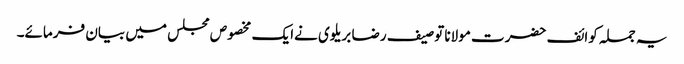
یہ جملہ کوائف حضرت مولانا توصیف رضا بریلوی نےایک مخصوص مجلس میں بیان فرمائے۔